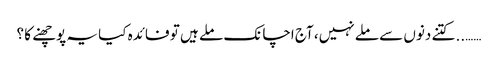
…….. کتنے دنوں سے ملے نہیں، آج اچانک ملے ہیں تو فائدہ کیا یہ پوچھنے کا ؟